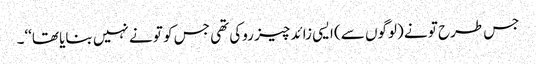
جس طرح تو نے (لوگوں سے) ایسی زائد چیز روکی تھی جس کو تو نے نہیں بنایا تھا‘‘۔